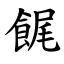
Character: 䬿